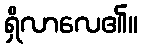
ရှိလာလေ၏။